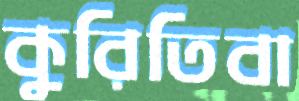
কুরিতিবা